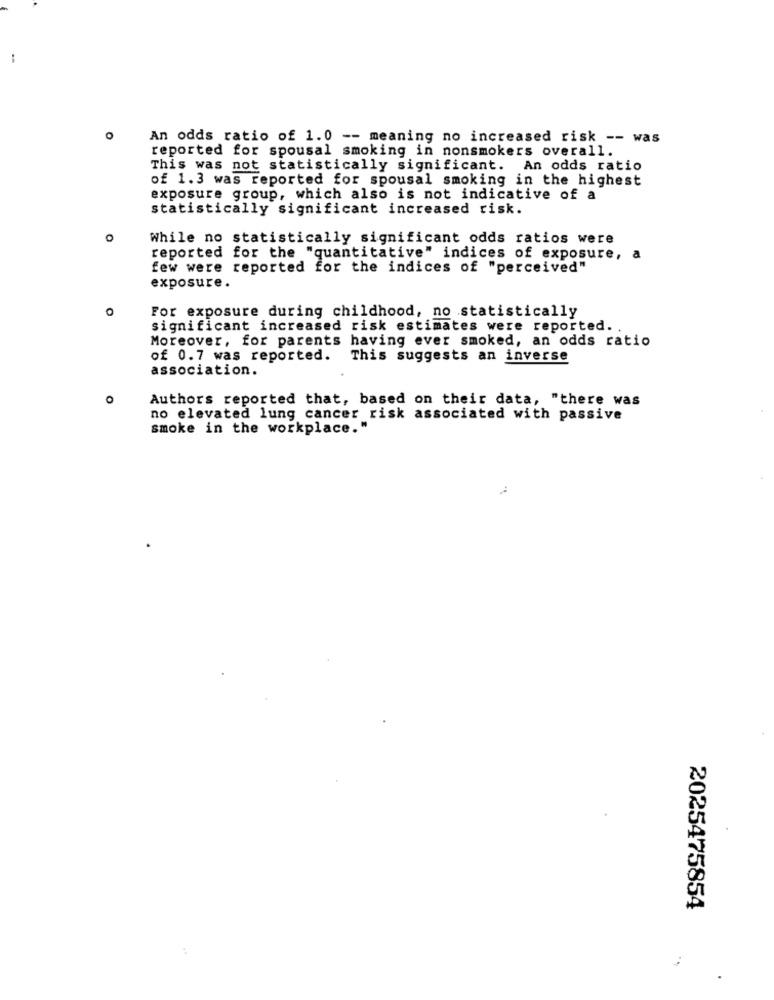
O
An odds ratio of 1.0 -- meaning no increased risk -- was
reported for spousal smoking in nonsmokers overall.
This was not statistically significant. An odds ratio
of 1.3 was reported for spousal smoking in the highest
exposure group, which also is not indicative of a
statistically significant increased risk.
0
While no statistically significant odds ratios were
reported for the "quantitative" indices of exposure,
a
few were reported for the indices of "perceived"
exposure.
0
For exposure during childhood, no statistically
significant increased risk estimates were reported ..
Moreover, for parents having ever smoked, an odds ratio
of 0.7 was reported. This suggests an inverse
association.
0
Authors reported that, based on their data, "there was
no elevated lung cancer risk associated with passive
smoke in the workplace."
2025475854